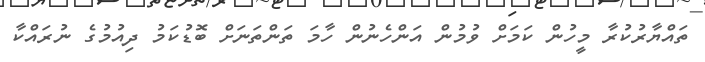
ތައްޔާރުކުރާ މީހުން ކަމަށް ވުމުން އަންހެނުން ހާމަ ތަންތަނަށް ބޮޑުކަމު ދިއުމުގެ ނުރައްކާ